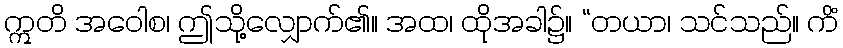
ဣတိ အဝေါစ၊ ဤသို့လျှောက်၏။ အထ၊ ထိုအခါ၌။ “တယာ၊ သင်သည်။ ကိံ